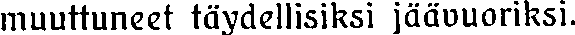
muuttuneet täydellisiksi jäävuoriksi.